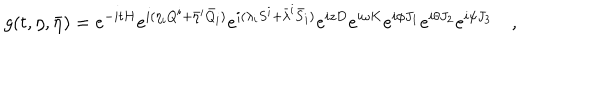
LaTeX: g ( t , \eta , \bar { \eta } ) = e ^ { - i t H } e ^ { i ( \eta _ { i } Q ^ { i } + \bar { \eta } ^ { i } \bar { Q } _ { i } ) } e ^ { i ( \lambda _ { i } S ^ { i } + \bar { \lambda } ^ { i } \bar { S } _ { i } ) } e ^ { i z D } e ^ { i \omega K } e ^ { i \phi J _ { 1 } } e ^ { i \theta J _ { 2 } } e ^ { i \psi J _ { 3 } } \quad ,